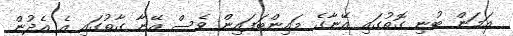
އަމަން ބުނި ގޮތުގައި އޭނާގެ މައިންބަފައިން ވެސް އޭނާ ގާތުގައި އެ އެދުން